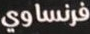
فرنساوي